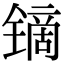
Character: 镝